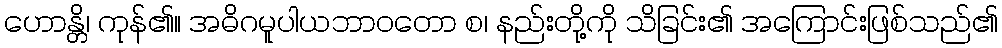
ဟောန္တိ၊ ကုန်၏။ အဓိဂမူပါယဘာဝတော စ၊ နည်းတို့ကို သိခြင်း၏ အကြောင်းဖြစ်သည်၏